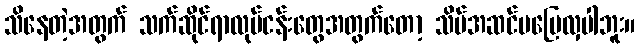
သိနေတဲ့အတွက် သက်ဆိုင်ရာလုပ်ငန်းတွေအတွက်တော့ သိပ်အဆင်မပြေလှပါဘူး။